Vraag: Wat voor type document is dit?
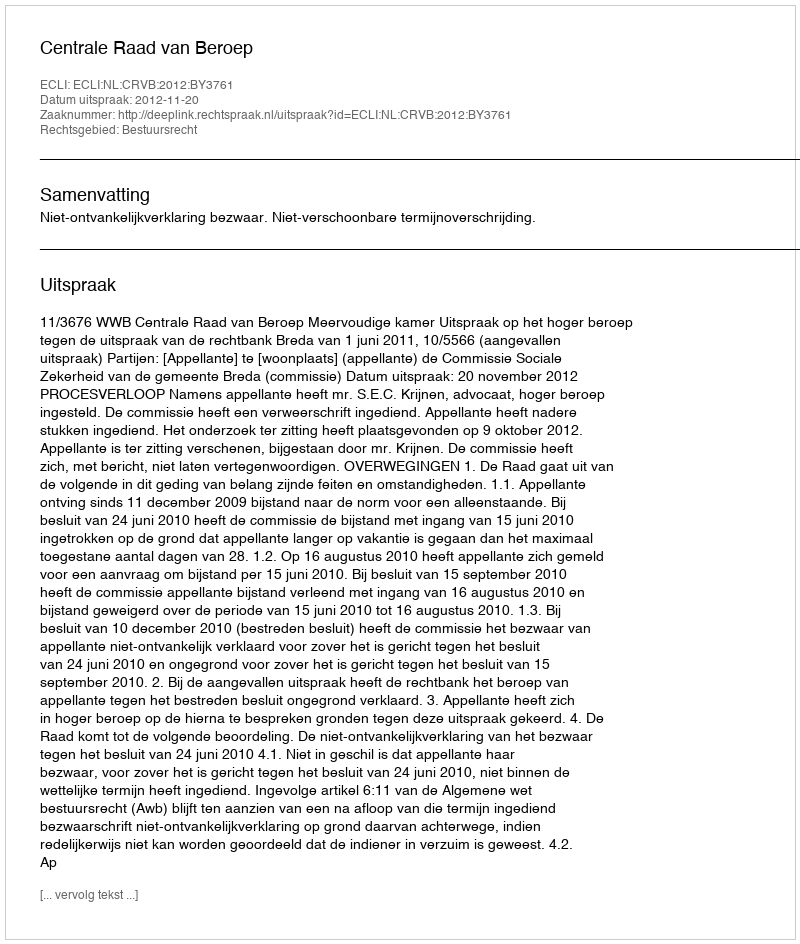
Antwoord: Uitspraak